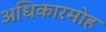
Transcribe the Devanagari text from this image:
अधिकारमोह